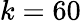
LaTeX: k=60